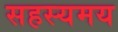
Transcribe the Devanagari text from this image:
सहस्यमय